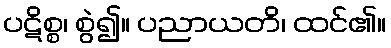
ပဋိစ္စ၊ စွဲ၍။ ပညာယတိ၊ ထင်၏။